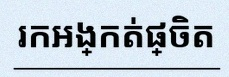
រកអង្កត់ផ្ចិត